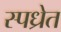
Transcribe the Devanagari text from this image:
स्पध्रेत